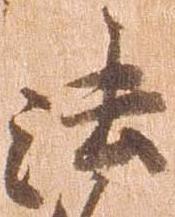
法